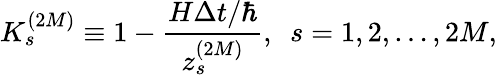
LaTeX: K_{s}^{(2M)}\equiv 1-\frac{H\Delta t/\hbar}{z_{s}^{(2M)}},\ \ s=1,2,\dots,2M,